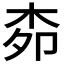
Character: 𭩪